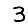
Digit: 3